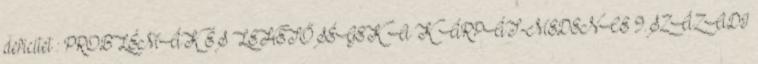
deficitet : PROBLÉMÁK ÉS LEHETŐSÉGEK A K ÁRPÁT-MEDENCE 9.SZÁZADI